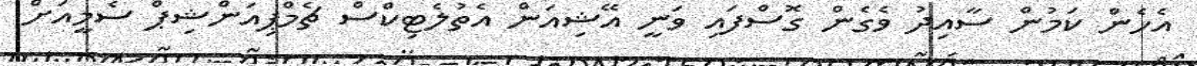
އެހެން ކަމުން ސާއިދު ވެގެން ގޮސްފައި ވަނީ އޭޝިއަން އެތުލެޓިކްސް ޗެމްޕިއަންޝިޕް ސެމީއަށް